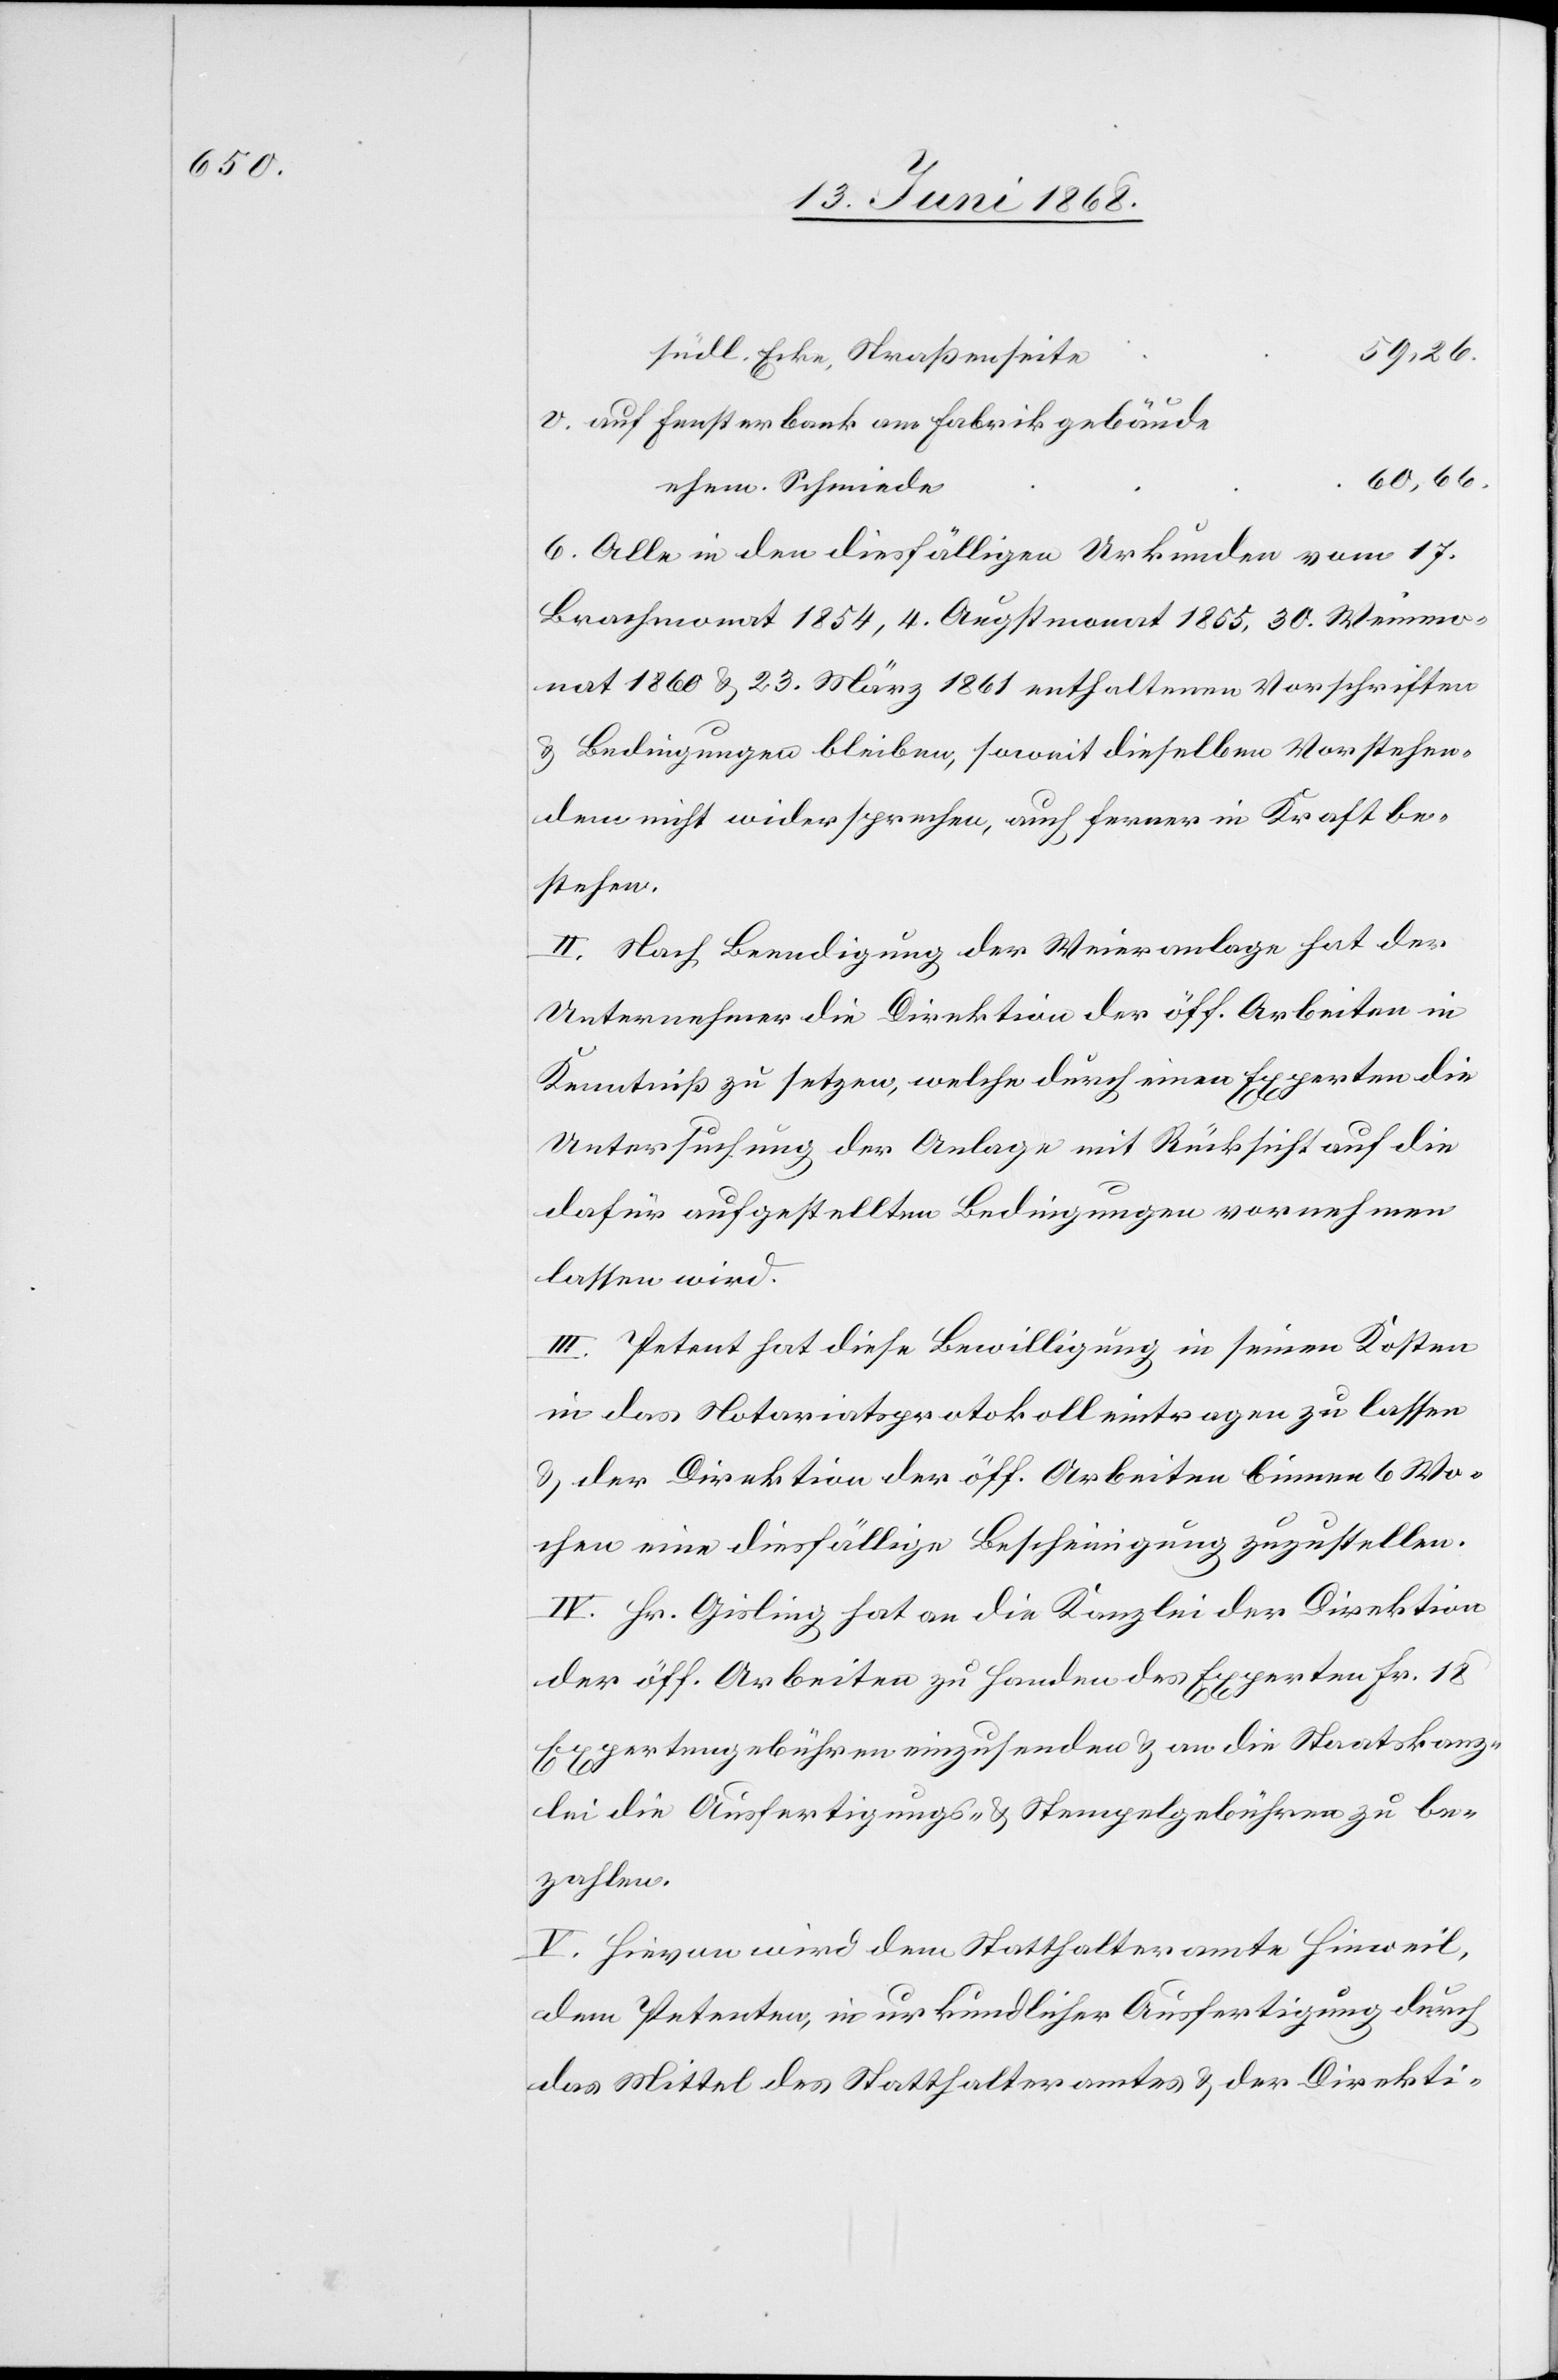
59,26.
südl. Ecke, Straßenseite
auf Fensterbank am Fabrikgebäude
60,66.
ehem. Schmiede
6. Alle in den diesfälligen Urkunden vom 17.
Brachmonat 1854, 4. Augstmonat 1855, 30. Weinmo¬
nat 1860 & 23. März 1861 enthaltenen Vorschriften
& Bedingungen bleiben, soweit dieselben Vorstehen¬
dem nicht widersprechen, auch ferner in Kraft be¬
stehen.
II. Nach Beendigung der Weieranlage hat der
Unternehmer die Direktion der öff. Arbeiten in
Kenntniß zu setzen, welche durch einen Experten die
Untersuchung der Anlage mit Rücksicht auf die
dafür aufgestellten Bedingungen vornehmen
lassen wird.
III. Petent hat diese Bewilligung in seinen Kosten
in das Notariatsprotokoll eintragen zu lassen
& der Direktion der öff. Arbeiten binnen 6 Wo¬
chen eine diesfällige Bescheinigung zuzustellen.
IV. Hr. Gisling hat an die Kanzlei der Direktion
der öff. Arbeiten zu Handen des Experten Fr. 18
Expertengebühren einzusenden & an die Staatskanz¬
lei die Ausfertigungs- & Stempelgebühren zu be¬
zahlen.
V. Hievon wird dem Statthalteramte Hinweil,
dem Petenten, in urkundlicher Ausfertigung durch
das Mittel des Statthalteramtes & der Direkti-